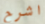
اشرح